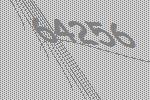
64256